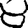
Digit: 8